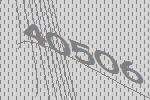
40506